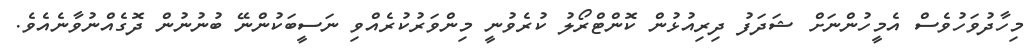
މިހާދުވަހުވެސް އެމީހުންނަށް ޝަދަފު ދިރިއުޅުން ކޮންޓްރޯލު ކުރެވުނީ މިންވަރުކުރެއްވި ނަސީބަކުންނޭ ބުނުނުން ދޮގެއްނުވާނެއެވެ.